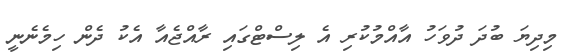
މިދިޔަ ބުދަ ދުވަހު އާއްމުކުރި އެ ލިސްޓްގައި ރާއްޖެއާ އެކު ދެން ހިމެނެނީ